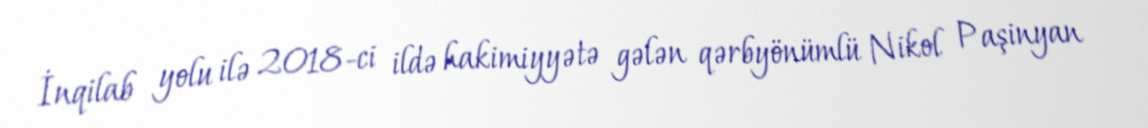
İnqilab yolu ilə 2018-ci ildə hakimiyyətə gələn qərbyönümlü Nikol Paşinyan